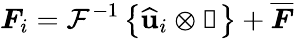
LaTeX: \boldsymbol{F}_{i}=\mathcal{F}^{-1}\left\{ \widehat{\mathbf{u}}_{i}\otimes\boldsymbol{\upxi}\right\} +\overline{{\boldsymbol{F}}}